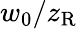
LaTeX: w_{0}/z_{\mathrm{R}}